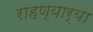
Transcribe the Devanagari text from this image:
राहण्यार्‍या